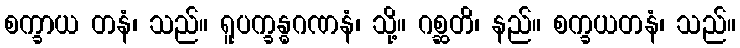
စက္ခာယ တနံ၊ သည်။ ရူပက္ခန္ဓဂဏနံ၊ သို့။ ဂစ္ဆတိ၊ နည်။ စက္ခယတနံ၊ သည်။